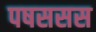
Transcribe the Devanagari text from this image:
पषससस